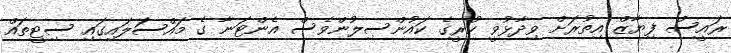
ރައީސް ފިޔާޒް އިތުރަށް ވިދާޅުވީ ކުރީގެ ކައުންސިލުންވެސް އެންޓަނާ ގެ މައްސަލައިގައި ސިޓީތައް